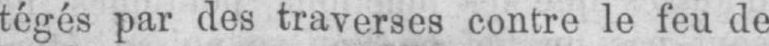
tégés par des traverses contre le feu de